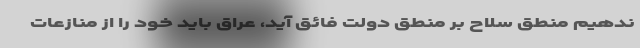
ندهیم منطق سلاح بر منطق دولت فائق آید، عراق باید خود را از منازعات